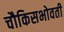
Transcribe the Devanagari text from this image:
चौकिसभोवती